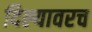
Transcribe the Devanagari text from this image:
दिल्यावरच